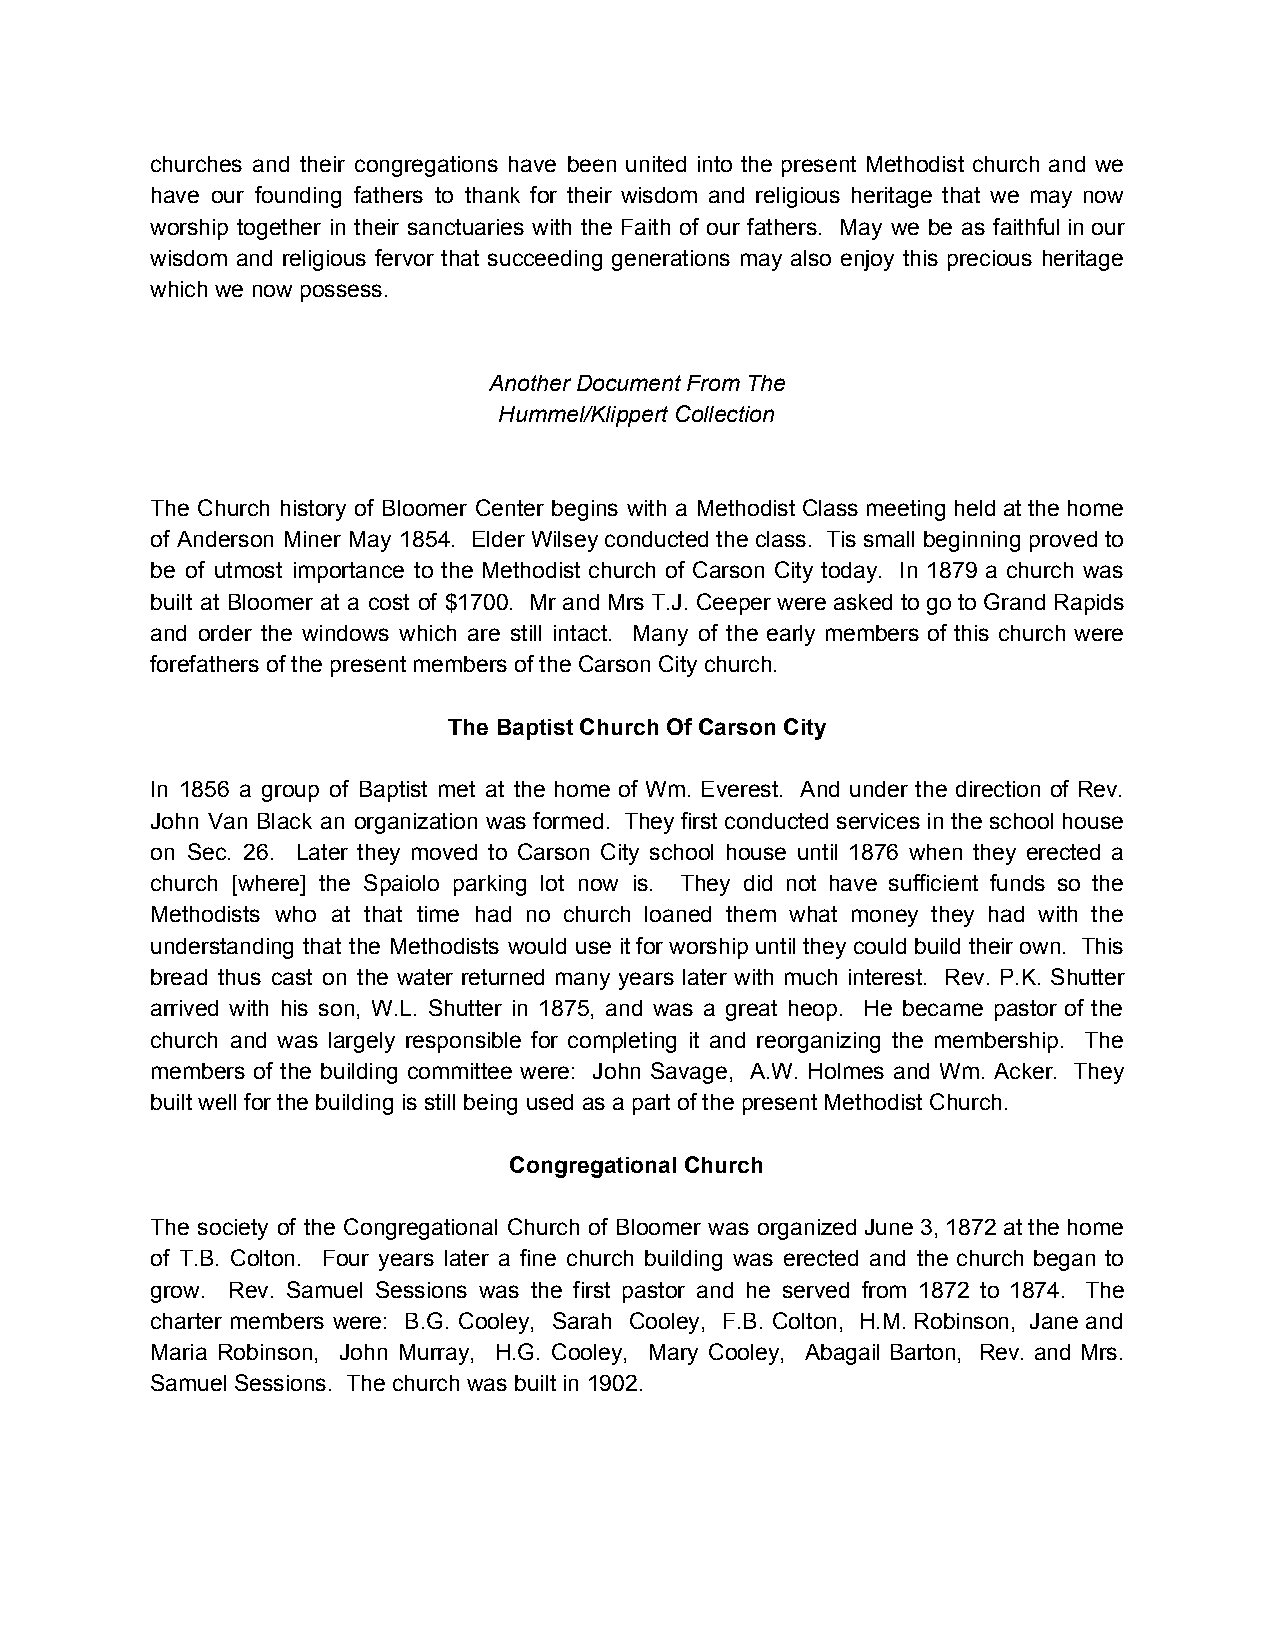
churches and their congregations have been united into the present Methodist church and we
 have our founding fathers to thank for their wisdom and religious heritage that we may now
 worship together in their sanctuaries with the Faith of our fathers. May we be as faithful in our
 wisdom and religious fervor that succeeding generations may also enjoy this precious heritage
 which we now possess.
 Another Document From The
 Hummel/Klippert Collection
 The Church history of Bloomer Center begins with a Methodist Class meeting held at the home
 of Anderson Miner May 1854. Elder Wilsey conducted the class. Tis small beginning proved to
 be of utmost importance to the Methodist church of Carson City today. In 1879 a church was
 built at Bloomer at a cost of $1700. Mr and Mrs T.J. Ceeper were asked to go to Grand Rapids
 and order the windows which are still intact. Many of the early members of this church were
 forefathers of the present members of the Carson City church.
 The Baptist Church Of Carson City
 In 1856 a group of Baptist met at the home of Wm. Everest. And under the direction of Rev.
 John Van Black an organization was formed. They first conducted services in the school house
 on Sec. 26. Later they moved to Carson City school house until 1876 when they erected a
 church [where] the Spaiolo parking lot now is. They did not have sufficient funds so the
 Methodists who at that time had no church loaned them what money they had with the
 understanding that the Methodists would use it for worship until they could build their own. This
 bread thus cast on the water returned many years later with much interest. Rev. P.K. Shutter
 arrived with his son, W.L. Shutter in 1875, and was a great heop. He became pastor of the
 church and was largely responsible for completing it and reorganizing the membership. The
 members of the building committee were: John Savage, A.W. Holmes and Wm. Acker. They
 built well for the building is still being used as a part of the present Methodist Church.
 Congregational Church
 The society of the Congregational Church of Bloomer was organized June 3, 1872 at the home
 of T.B. Colton. Four years later a fine church building was erected and the church began to
 grow. Rev. Samuel Sessions was the first pastor and he served from 1872 to 1874. The
 charter members were: B.G. Cooley, Sarah Cooley, F.B. Colton, H.M. Robinson, Jane and
 Maria Robinson, John Murray, H.G. Cooley, Mary Cooley, Abagail Barton, Rev. and Mrs.
 Samuel Sessions. The church was built in 1902.